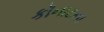
કૉનાટના